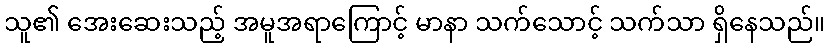
သူ၏ အေးဆေးသည့် အမူအရာကြောင့် မာနာ သက်သောင့် သက်သာ ရှိနေသည်။